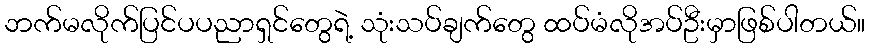
ဘက်မလိုက်ပြင်ပပညာရှင်တွေရဲ့ သုံးသပ်ချက်တွေ ထပ်မံလိုအပ်ဦးမှာဖြစ်ပါတယ်။